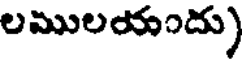
లములయందు)